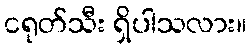
ငရုတ်သီး ရှိပါသလား။